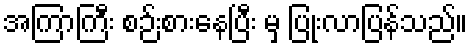
အကြာကြီး စဉ်းစားနေပြီး မှ ပြုံးလာပြန်သည်။